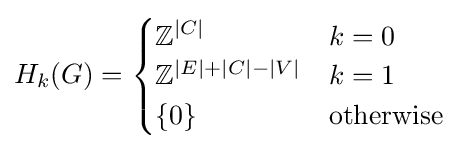
H_{k}(G)={\begin{cases}\mathbb {Z} ^{|C|}&k=0\\\mathbb {Z} ^{|E|+|C|-|V|}&k=1\\\{0\}&{\text{otherwise}}\end{cases}}